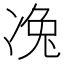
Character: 𠗟